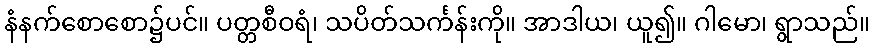
နံနက်စောစော၌ပင်။ ပတ္တစီဝရံ၊ သပိတ်သင်္ကန်းကို။ အာဒါယ၊ ယူ၍။ ဂါမော၊ ရွာသည်။